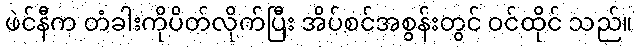
ဖဲင်နီက တံခါးကိုပိတ်လိုက်ပြီး အိပ်စင်အစွန်းတွင် ဝင်ထိုင် သည်။